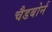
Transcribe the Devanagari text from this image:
चैडबोर्न